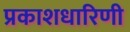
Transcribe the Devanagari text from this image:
प्रकाशधारिणी